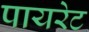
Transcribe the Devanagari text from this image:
पायरेट